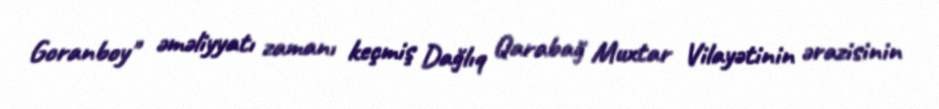
Goranboy" əməliyyatı zamanı keçmiş Dağlıq Qarabağ Muxtar Vilayətinin ərazisinin